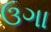
ઉગા